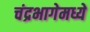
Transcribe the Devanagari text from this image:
चंद्रभागेमध्ये